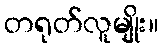
တရုတ်လူမျိုး။